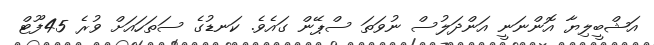
އަޝްބީލިޔާ އޮންނަނީ އަންދަލުސް ނުވަތަ ސްޕޭން ގައެވެ. ކަނޑުގެ ސަތަހައަށް ވުރެ 45ފޫޓް